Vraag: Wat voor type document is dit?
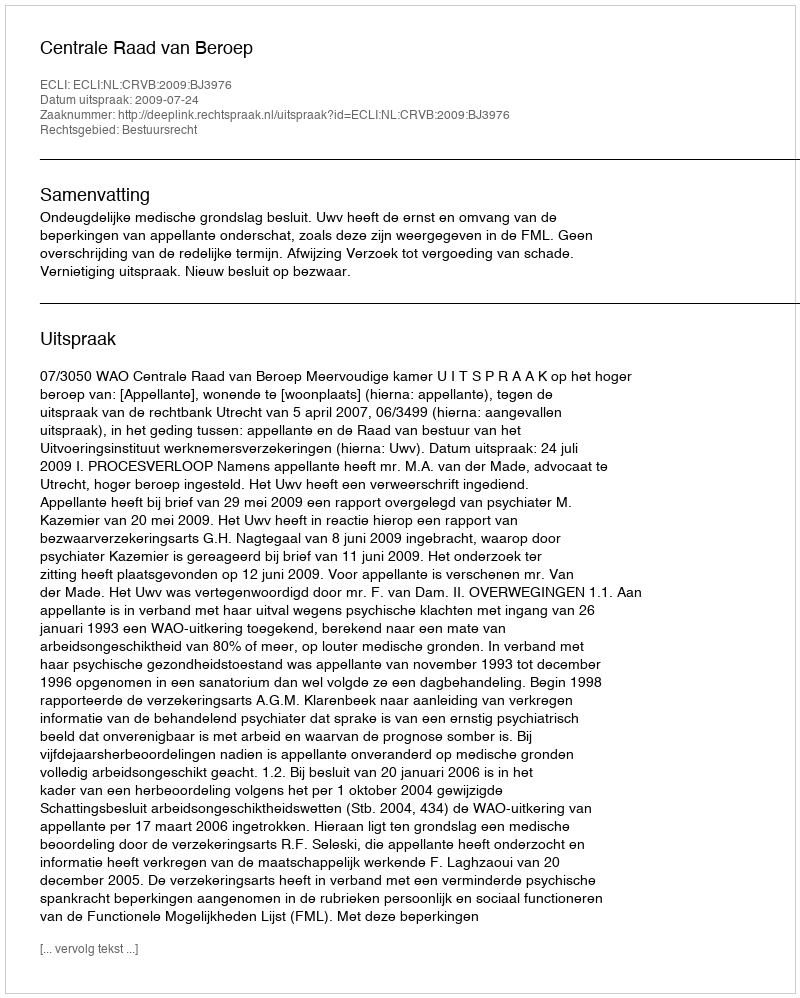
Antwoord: Uitspraak